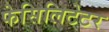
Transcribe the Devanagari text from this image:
फेसिलिटेटर